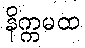
နိက္ကမထ